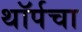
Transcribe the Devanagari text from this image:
थॉर्पचा